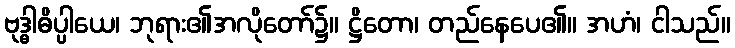
ဗုဒ္ဓါဓိပ္ပါယေ၊ ဘုရား၏အလိုတော်၌။ ဋ္ဌိတော၊ တည်နေပေ၏။ အဟံ၊ ငါသည်။